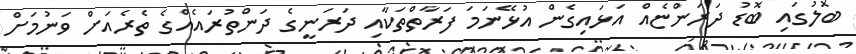
ބޮލުގައި ބޮޑު ދަރަންޏެއް އަޅައިގެން އުޅޭނަމަ ފަރާތްތަކާއި ދަރަނީގެ ދަންތުރައެއްގެ ތެރެއަށް ވަނުމަށް